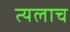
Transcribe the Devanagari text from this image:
त्यलाच